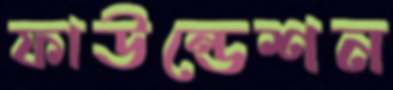
ফাউন্ডেশন